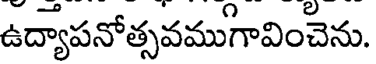
ఉద్యాపనోత్సవముగావించెను.